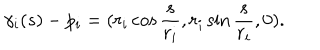
LaTeX: \gamma _ { i } ( s ) - p _ { i } = ( r _ { i } \cos { \frac { s } { r _ { i } } } , r _ { i } \sin { \frac { s } { r _ { i } } } , 0 ) .